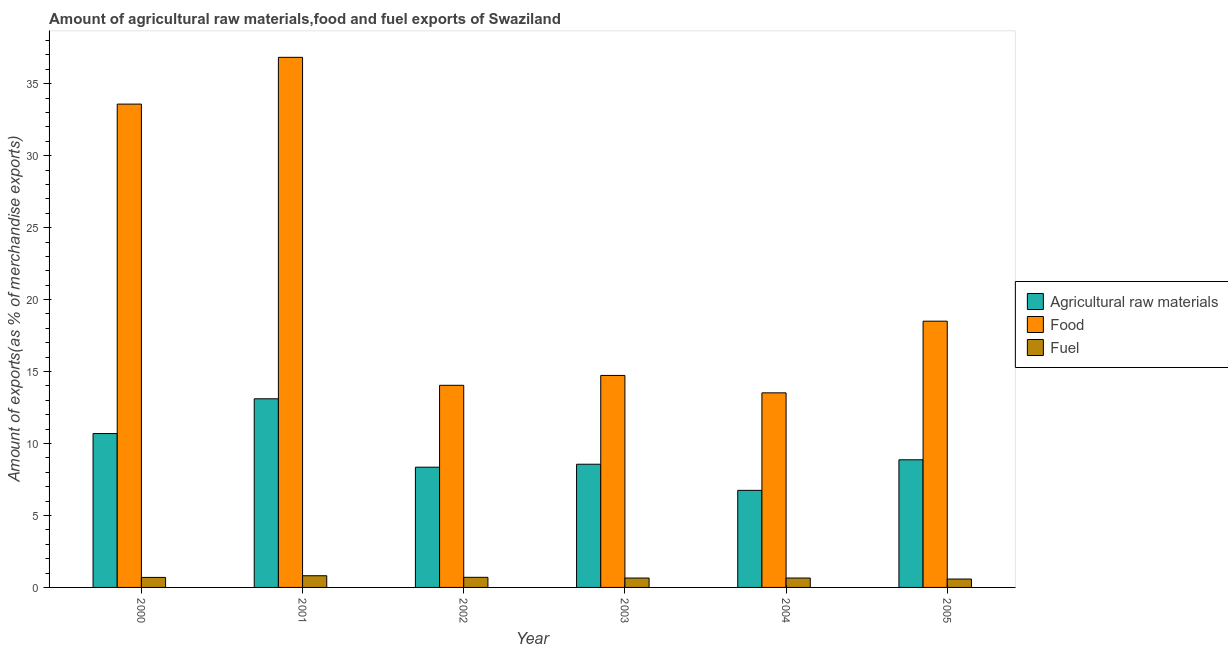
| Year | Agricultural raw materials | Food | Fuel |
 | --- | --- | --- | --- |
 | 2000 | 10.7 | 33.6 | 0.696 |
 | 2001 | 13.1 | 36.8 | 0.812 |
 | 2002 | 8.35 | 14 | 0.703 |
 | 2003 | 8.56 | 14.7 | 0.652 |
 | 2004 | 6.74 | 13.5 | 0.653 |
 | 2005 | 8.87 | 18.5 | 0.582 |